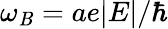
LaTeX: \omega_{\mathit{B}}=ae|E|/\hbar